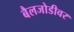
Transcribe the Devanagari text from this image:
बैलजोडीवर